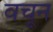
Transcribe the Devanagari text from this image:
वचून